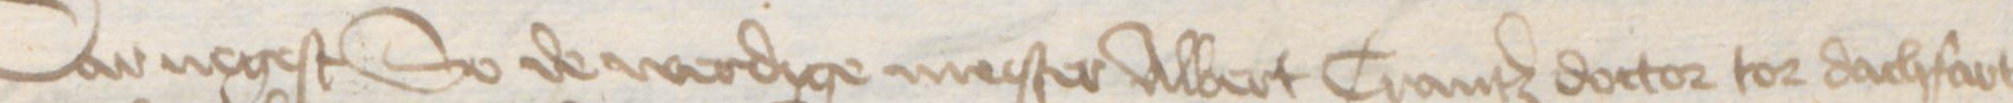
Transcription: Dar negest So de werdige mester Albert Crantz doctor to dachfart